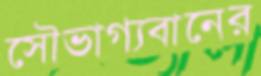
সৌভাগ্যবানের